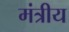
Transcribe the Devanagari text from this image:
मंत्रीय